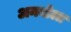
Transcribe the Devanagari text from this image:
अनबोला